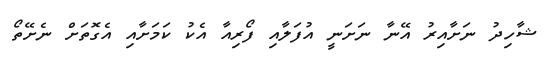
ޝާހިދު ނަށާއިރު އޭނާ ނަށަނީ އުފަލާއި ފޯރިއާ އެކު ކަމަށާއި އެގޮތަށް ނެށޭތޯ